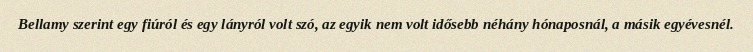
Bellamy szerint egy fiúról és egy lányról volt szó, az egyik nem volt idősebb néhány hónaposnál, a másik egyévesnél.